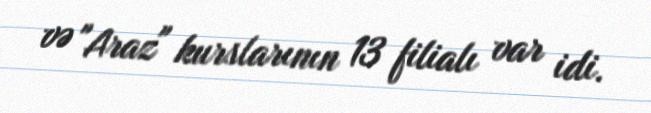
və "Araz" kurslarının 13 filialı var idi.